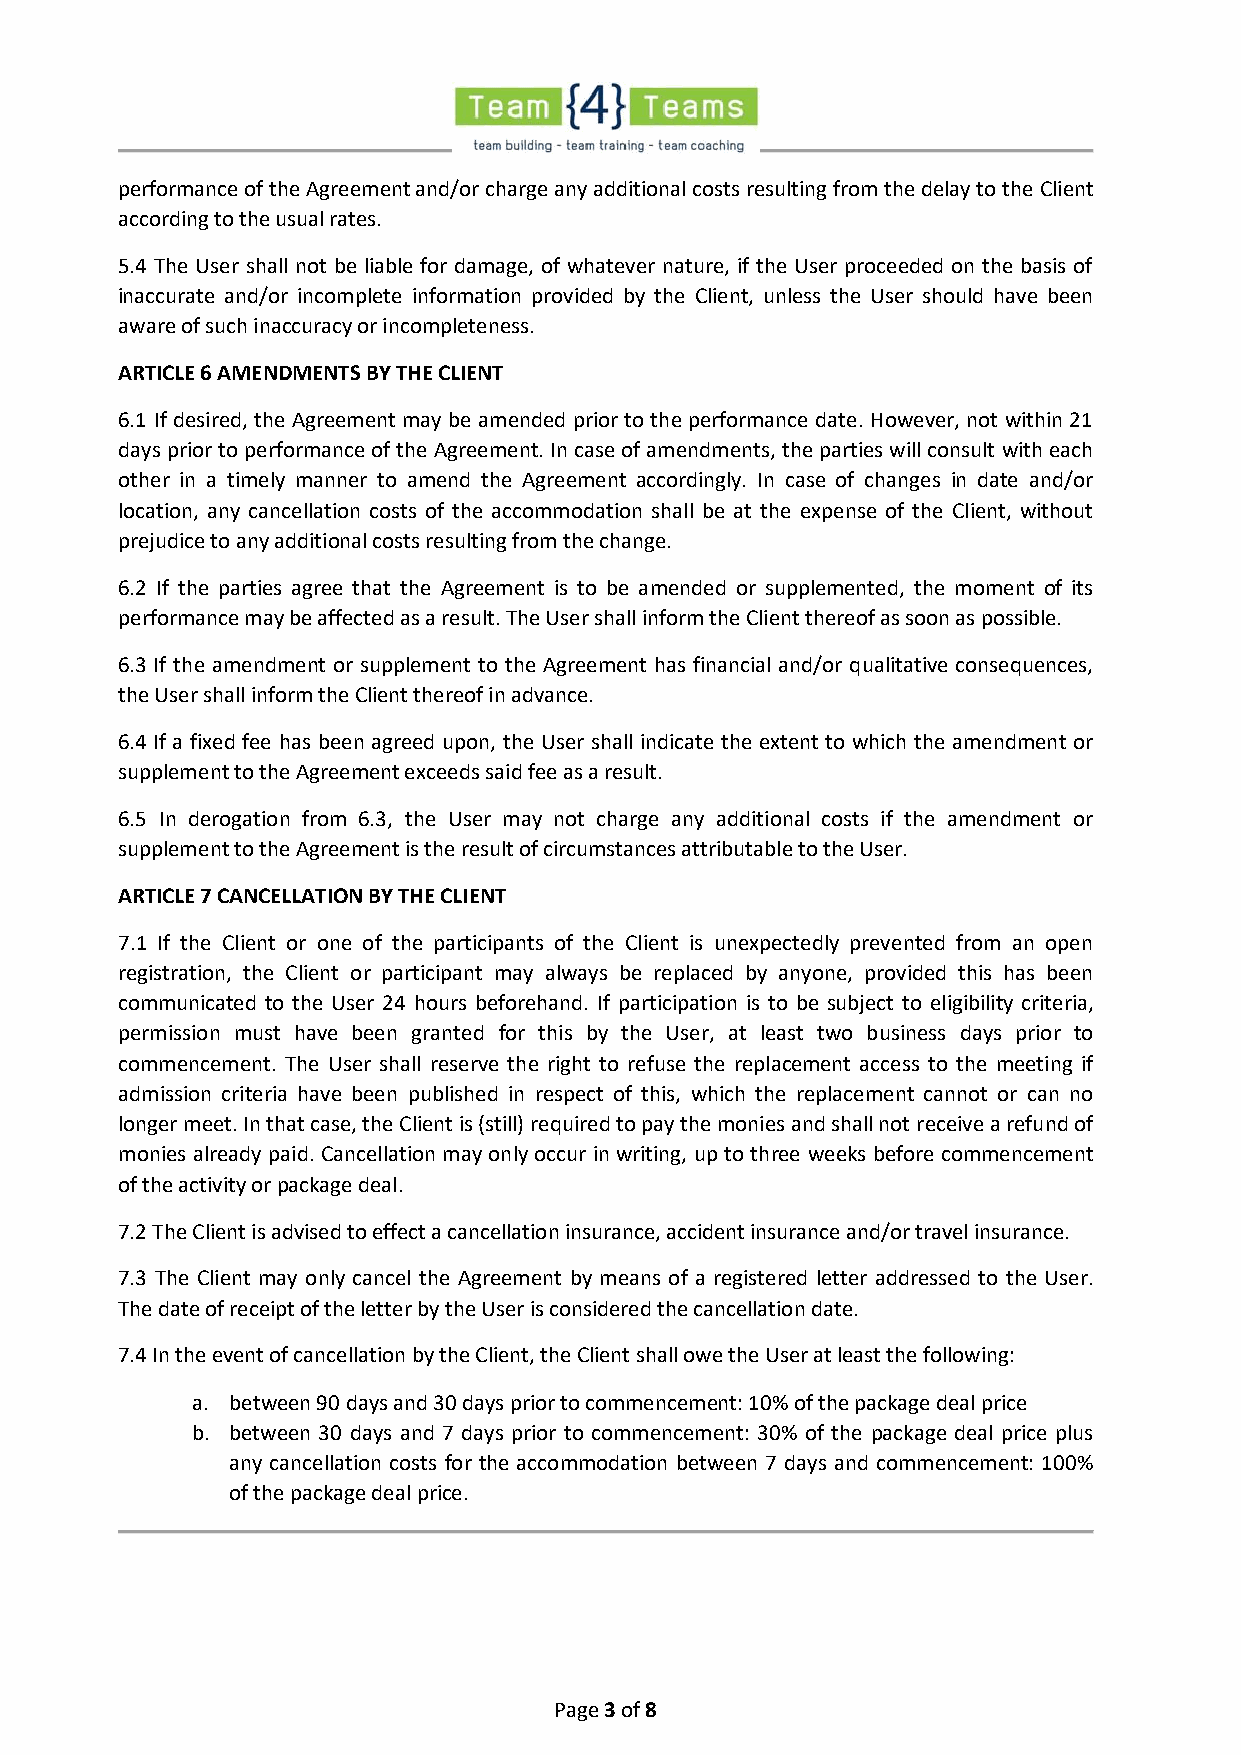
performance of the Agreement and/or charge any additional costs resulting from the delay to the Client
 according to the usual rates.
 5.4 The User shall not be liable for damage, of whatever nature, if the User proceeded on the basis of
 inaccurate and/or incomplete information provided by the Client, unless the User should have been
 aware of such inaccuracy or incompleteness.
 ARTICLE 6 AMENDMENTS BY THE CLIENT
 6.1 If desired, the Agreement may be amended prior to the performance date. However, not within 21
 days prior to performance of the Agreement. In case of amendments, the parties will consult with each
 other in a timely manner to amend the Agreement accordingly. In case of changes in date and/or
 location, any cancellation costs of the accommodation shall be at the expense of the Client, without
 prejudice to any additional costs resulting from the change.
 6.2 If the parties agree that the Agreement is to be amended or supplemented, the moment of its
 performance may be affected as a result. The User shall inform the Client thereof as soon as possible.
 6.3 If the amendment or supplement to the Agreement has financial and/or qualitative consequences,
 the User shall inform the Client thereof in advance.
 6.4 If a fixed fee has been agreed upon, the User shall indicate the extent to which the amendment or
 supplement to the Agreement exceeds said fee as a result.
 6.5 In derogation from 6.3, the User may not charge any additional costs if the amendment or
 supplement to the Agreement is the result of circumstances attributable to the User.
 ARTICLE 7 CANCELLATION BY THE CLIENT
 7.1 If the Client or one of the participants of the Client is unexpectedly prevented from an open
 registration, the Client or participant may always be replaced by anyone, provided this has been
 communicated to the User 24 hours beforehand. If participation is to be subject to eligibility criteria,
 permission must have been granted for this by the User, at least two business days prior to
 commencement. The User shall reserve the right to refuse the replacement access to the meeting if
 admission criteria have been published in respect of this, which the replacement cannot or can no
 longer meet. In that case, the Client is (still) required to pay the monies and shall not receive a refund of
 monies already paid. Cancellation may only occur in writing, up to three weeks before commencement
 of the activity or package deal.
 7.2 The Client is advised to effect a cancellation insurance, accident insurance and/or travel insurance.
 7.3 The Client may only cancel the Agreement by means of a registered letter addressed to the User.
 The date of receipt of the letter by the User is considered the cancellation date.
 7.4 In the event of cancellation by the Client, the Client shall owe the User at least the following:
 a. between 90 days and 30 days prior to commencement: 10% of the package deal price
 b. between 30 days and 7 days prior to commencement: 30% of the package deal price plus
 any cancellation costs for the accommodation between 7 days and commencement: 100%
 of the package deal price.
 Page 3 of 8